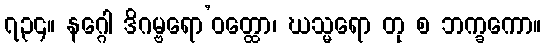
၇၃၄။ နဂ္ဂေါ ဒိဂမ္ဗရော’ဝတ္ထော၊ ဃသ္မရော တု စ ဘက္ခကော။